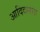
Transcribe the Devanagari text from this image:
आदिदासला